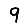
Digit: 9